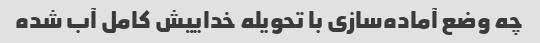
چه وضع آماده‌سازی با تحویله خداییش کامل آب شده